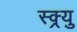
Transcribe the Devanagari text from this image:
स्क्र्यु